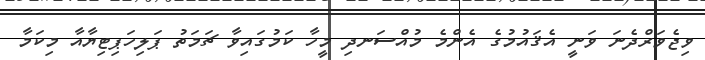
ވިޖެވަރްދެނަ ވަނީ އެޤައުމުގެ އެންމެ މުއްސަނދި މީހާ ކަމުގައިވާ ޗަމަތު ޕަލިހަޕިޓިޔާއާ މިކަމާ